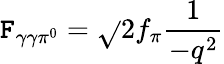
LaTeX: \mathtt{F}_{\gamma\gamma\pi^{0}}=\sqrt{}{{2}}f_{\pi}\frac{{1}}{{-q^{2}}}